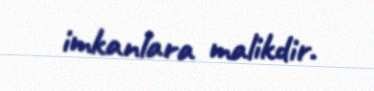
imkanlara malikdir.